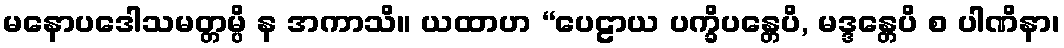
မနောပဒေါသမတ္တမ္ပိ န အကာသိ။ ယထာဟ “ပေဠာယ ပက္ခိပန္တေပိ, မဒ္ဒန္တေပိ စ ပါဏိနာ၊